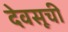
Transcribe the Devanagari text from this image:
देवसूची